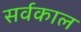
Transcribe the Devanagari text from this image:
सर्वकाल